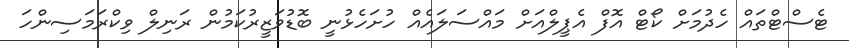
ޓެސްޓްތައް ހެދުމަށް ކޯޓް އޮފް އެޕީލްއަށް މައްސަލައެއް ހުށަހެޅުނީ ބޮޑުވަޒީރުކަމުން ރަނިލް ވިކްރަމަސިންހަ